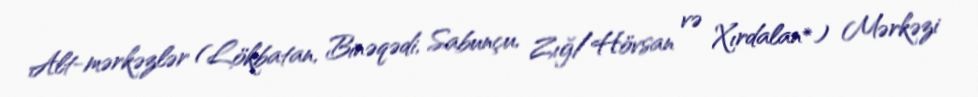
Alt-mərkəzlər (Lökbatan, Binəqədi, Sabunçu, Zığ/Hövsan və Xırdalan*) Mərkəzi